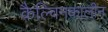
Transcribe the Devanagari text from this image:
कैल्विनकालीन